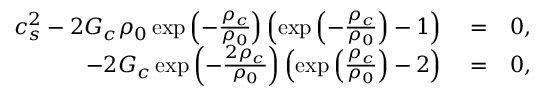
\begin{array} { r l r } { c _ { s } ^ { 2 } - 2 G _ { c } \rho _ { 0 } \exp \left( - \frac { \rho _ { c } } { \rho _ { 0 } } \right) \left( \exp \left( - \frac { \rho _ { c } } { \rho _ { 0 } } \right) - 1 \right) } & { { } = } & { 0 , } \\ { - 2 G _ { c } \exp \left( - \frac { 2 \rho _ { c } } { \rho _ { 0 } } \right) \left( \exp \left( \frac { \rho _ { c } } { \rho _ { 0 } } \right) - 2 \right) } & { { } = } & { 0 , } \end{array}